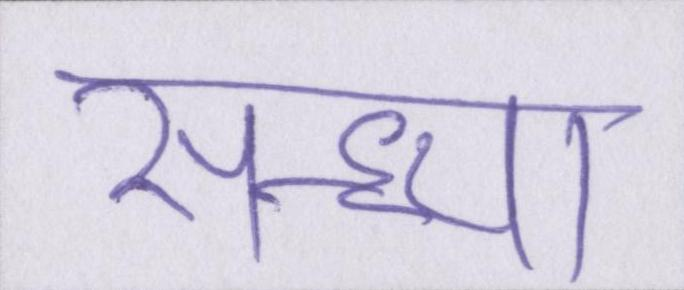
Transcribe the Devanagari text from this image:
सन्ध्या